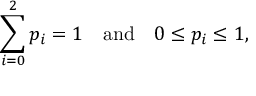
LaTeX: \sum _ { i = 0 } ^ { 2 } p _ { i } = 1 \quad { \mathrm { a n d } } \quad 0 \leq p _ { i } \leq 1 ,